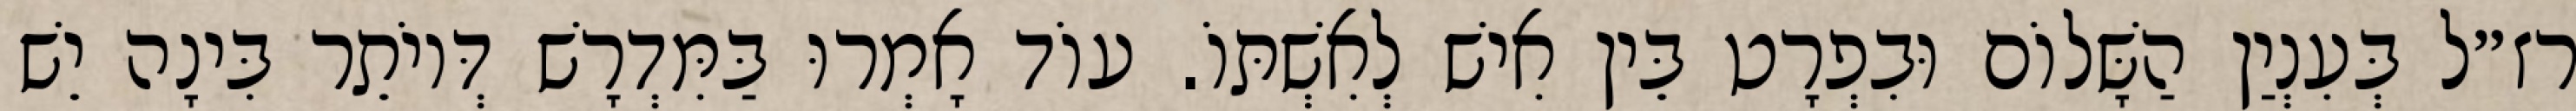
רז״ל בְּעִנְיַן הַשָּׁלוֹם וּבִפְרָט בֵּין אִישׁ לְאִשְׁתּוֹ. עוֹד אָמְרוּ בַּמִּדְרָשׁ דְּיוֹתֵר בִּינָה יֵשׁ